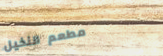
مطعم النخيل